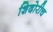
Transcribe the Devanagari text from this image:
शिदोरीच